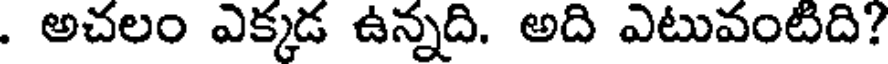
. అచలం ఎక్కడ ఉన్నది. అది ఎటువంటిది?